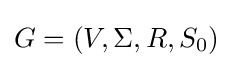
G=(V,\Sigma ,R,S_{0})